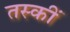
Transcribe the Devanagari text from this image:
तस्कीं